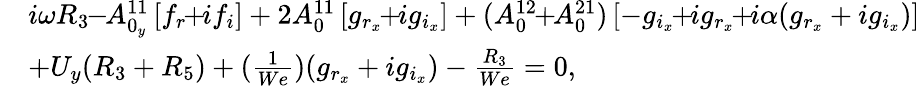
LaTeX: \begin{array}{rl}&{i\omega R_{3}\! \! -\! \! A_{0_{y}}^{11}\left[f_{r}\! \! +\! \! if_{i}\right]+2A_{0}^{11}\left[g_{r_{x}}\! \! +\! \! ig_{i_{x}}\right]+(A_{0}^{12}\! \! +\! \! A_{0}^{21})\left[-g_{i_{x}}\! \! +\! \! ig_{r_{x}}\! \! +\! \! i\alpha(g_{r_{x}}+ig_{i_{x}})\right]}\\ &{+U_{y}(R_{3}+R_{5})+(\frac{1}{We})(g_{r_{x}}+ig_{i_{x}})-\frac{R_{3}}{We}=0,}\end{array}